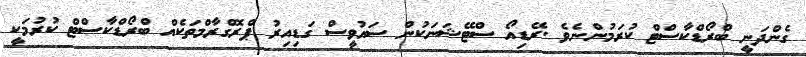
ގެންދަނީ ބްރޯޑްކާސްޓް ކުރަމުންނެވެ .ރޭޑިއޯ ސްޓޭޝަނަކުން ސައުވީސް ގަޑިއިރު ޕްރޮގްރާމްތަކެއް ބްރޯޑްކާސްޓް ކުރުމަކީ